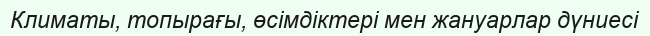
Климаты, топырағы, өсімдіктері мен жануарлар дүниесі